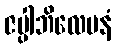
ဇပ္ပါဘိလေပနံ